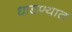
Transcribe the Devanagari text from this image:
धाडण्यात